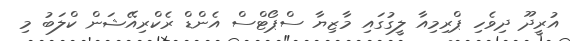
އުރީދޫ ދިވެހި ޕްރިމިއާ ލީގުގައި މާޒިޔާ ސްޕޯޓްސް އެންޑް ރެކްރިއޭޝަން ކްލަބު މި